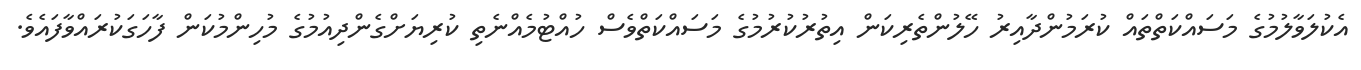
އެކުލަވާލުމުގެ މަސައްކަތްތައް ކުރަމުންދާއިރު ހޭލުންތެރިކަން އިތުރުކުރުމުގެ މަސައްކަތްވެސް ހުއްޓުމެއްނެތި ކުރިޔަށްގެންދިއުމުގެ މުހިންމުކަން ފާހަގަކުރައްވާފައެވެ.